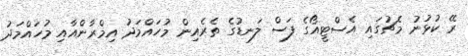
ރޭ ކުޅުނު މެޗުގައި އެސްޓީއޯގެ ފަސް ލަނޑުގެ ތެރެއިން މުހައްމަދު އިމްރާންއާއި މުހައްމަދު